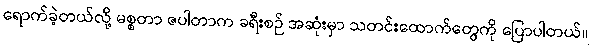
ရောက်ခဲ့တယ်လို့ မစ္စတာ ဇပါတာက ခရီးစဉ် အဆုံးမှာ သတင်းထောက်တွေကို ပြောပါတယ်။